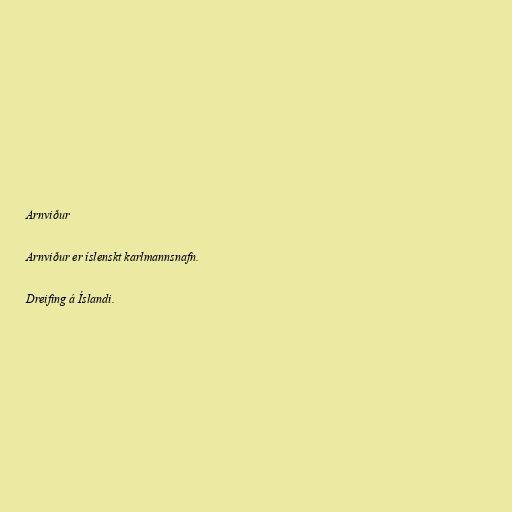
Arnviður

Arnviður er íslenskt karlmannsnafn.

Dreifing á Íslandi.